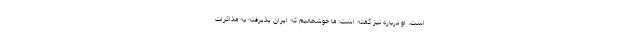
است. او درباره نیز گفته است: ما خوشحالیم که ایران پذیرفته به مذاکرات